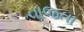
વાજતા